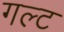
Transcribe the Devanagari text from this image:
गल्ट